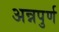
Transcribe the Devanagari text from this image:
अन्नपुर्ण